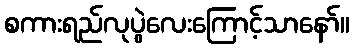
စကားရည်လုပွဲလေးကြောင့်သာနော်။